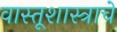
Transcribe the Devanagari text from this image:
वास्तूशास्त्राचे